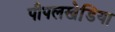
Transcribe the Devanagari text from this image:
पीपलखेडि़या